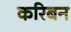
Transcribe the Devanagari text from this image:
करिबन